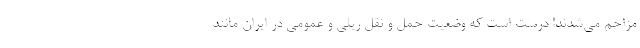
مزاحم می‌شدند! درست است که وضعیت حمل و نقل ریلی و عمومی در ایران مانند